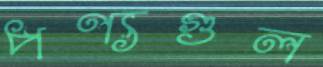
পণ্যগুল